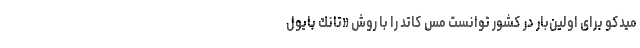
میدكو برای اولین‌بار در كشور توانست مس كاتد را با روش «تانك بایول